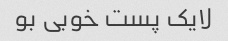
لایک پست خوبی بو